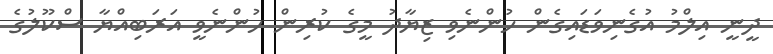
ދީނީ އިލްމު އުގެނިވަޑައިގެން ހުންނެވި ޒިޔާދު މީގެ ކުރިން ހުންނެވީ އަރަބިއްޔާ ސްކޫލުގެ